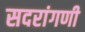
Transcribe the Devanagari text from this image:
सदरांगणी